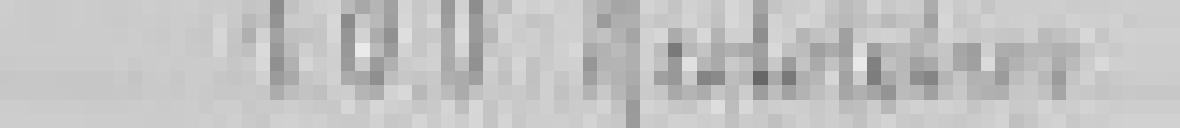
entrée : 100 hectolitres